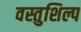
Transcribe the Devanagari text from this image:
वस्तुशिल्प